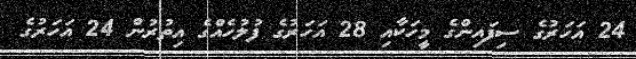
24 އަހަރުގެ ސިފައިންގެ މީހަކާއި 28 އަހަރުގެ ފުލުހެއްގެ އިތުރުން 24 އަހަރުގެ